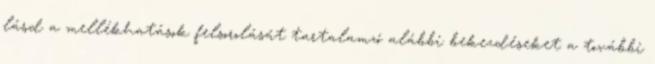
lásd a mellékhatások felsorolását tartalamzó alábbi bekezdéseket a további